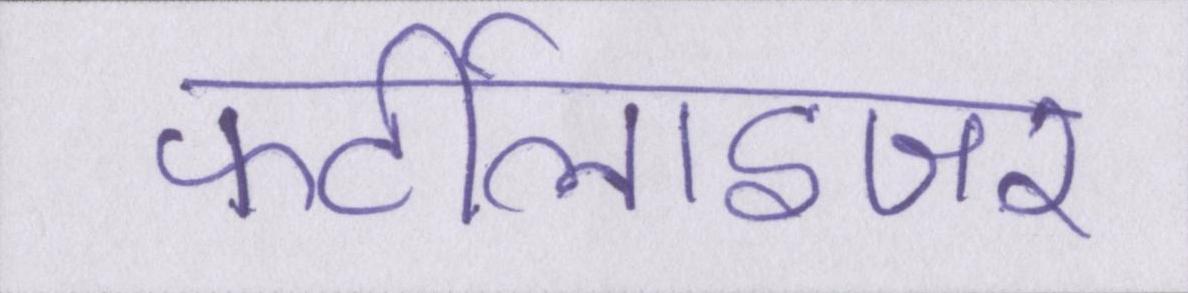
फर्टीलाइजर